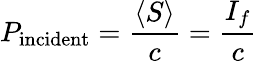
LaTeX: P_{\mathrm{incident}}={\frac{\langle S\rangle}{c}}={\frac{I_{f}}{c}}